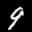
Label: 9